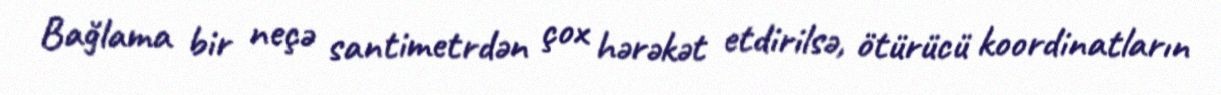
Bağlama bir neçə santimetrdən çox hərəkət etdirilsə, ötürücü koordinatların